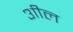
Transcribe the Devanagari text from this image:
३ाील